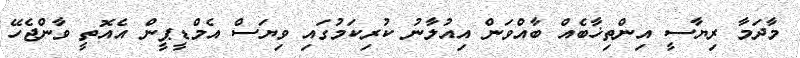
މާދަމާ ރިޔާސީ އިންތިޚާބެއް ބާއްވަން އިއުލާނު ކުރިކަމުގައި ވިޔަސް އެމްޑީޕީން އެއޮތީ ވާންޖެހޭ